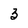
Character: 3